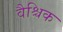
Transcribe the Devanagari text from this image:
वैश्चिक